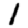
Digit: 1